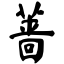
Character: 蔷